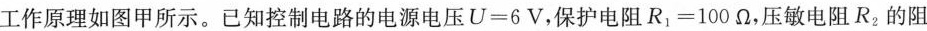
工作原理如图甲所示。已知控制电路的电源电压U=6V，保护电阻R_{1}=100Ω，压敏电阻R_{2}的阻